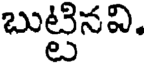
బుట్టినవి.